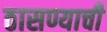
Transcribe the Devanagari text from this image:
ठासण्याची